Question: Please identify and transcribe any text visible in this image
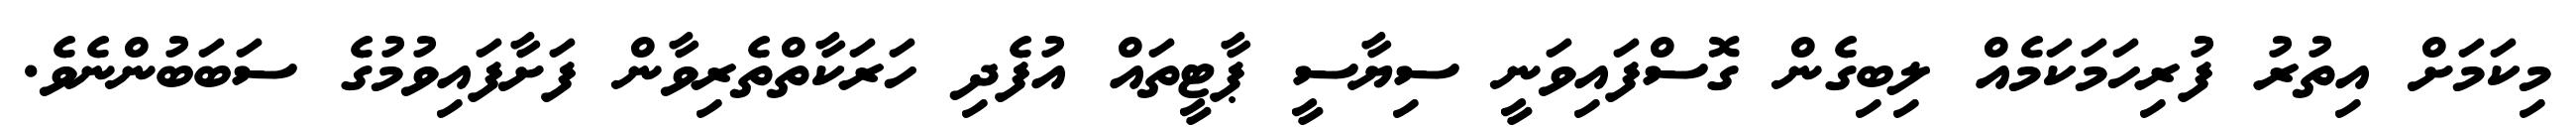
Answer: މިކަމަށް އިތުރު ފުރިހަމަކަމެއް ލިބިގެން ގޮސްފައިވަނީ ސިޔާސީ ޕާޓީތައް އުފެދި ހަރަކާތްތެރިވާން ފަށާފައިވުމުގެ ސަބަބުންނެވެ.